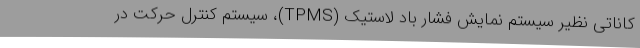
کاناتی نظیر سیستم نمایش فشار باد لاستیک (TPMS)، سیستم کنترل حرکت در